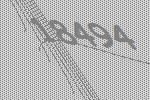
18494